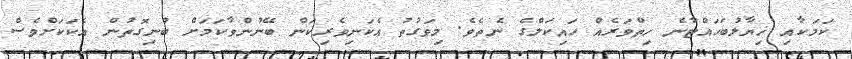
ކަމަކާއި ޚިޔާލުބަހައްޓާނެ ހިތްވަރެއް ހައިކަލްގެ ނެތެވެ. މިވަގުތު އެކަނިވެރިކަން ބޭނުންވާކަމަށް ބުނިގޮތުން އެކަކަށްވެސް